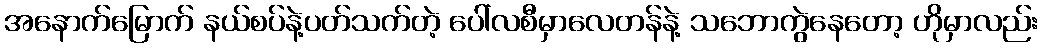
အနောက်မြောက် နယ်စပ်နဲ့ပတ်သက်တဲ့ ပေါ်လစီမှာလေတန်နဲ့ သဘောကွဲနေတော့ ဟိုမှာလည်း